Civil Veterinary Department Bihar & Orissa reports 1929-36 - 1929-1936
Year: 1929
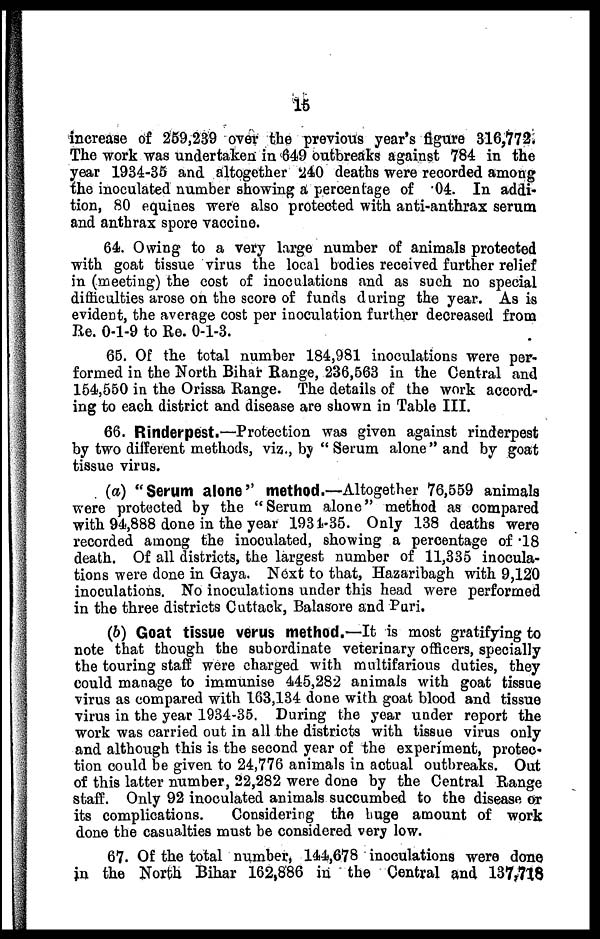
15
increase of 259,239 over the previous year's figure 316,772.
The work was undertaken in 649 outbreaks against 784 in the
year 1934-35 and altogether 240 deaths were recorded among
the inoculated number showing a percentage of 04. In addi-
tion, 80 equities were also protected with anti-anthrax serum
and anthrax spore vaccine.
64. Owing to a very large number of animals protected
with goat tissue virus the local bodies received further relief
in (meeting) the cost of inoculations and as such no special
difficulties arose on the score of funds during the year. As is
evident, the average cost per inoculation further decreased from
Re. 0-1-9 to Re. 0-1-3.
65. Of the total number 184,981 inoculations were per-
formed in the North Bihar Range, 236,563 in the Central and
154,550 in the Orissa Range. The details of the work accord-
ing to each district and disease are shown in Table III.
66. Rinderpest.—Protection was given against rinderpest
by two different methods, viz., by "Serum alone" and by goat
tissue virus.
(a) "Serum alone" method.—Altogether 76,559 animals
were protected by the "Serum alone" method as compared
with 94,888 done in the year 1931-35. Only 138 deaths were
recorded among the inoculated, showing a percentage of .18
death. Of all districts, the largest number of 11,335 inocula-
tions were done in Gaya. Next to that, Hazaribagh with 9,120
inoculations. No inoculations under this head were performed
in the three districts Cuttack, Balasore and Puri.
(b) Goat tissue verus method.—It is most gratifying to
note that though the subordinate veterinary officers, specially
the touring staff were charged with multifarious duties, they
could manage to immunise 445,282 animals with goat tissue
virus as compared with 163,134 done with goat blood and tissue
virus in the year 1934-35. During the year under report the
work was carried out in all the districts with tissue virus only
and although this is the second year of the experiment, protec-
tion could be given to 24,776 animals in actual outbreaks. Out
of this latter number, 22,282 were done by the Central Range
staff. Only 92 inoculated animals succumbed to the disease or
its complications.
Considering the huge amount of work
done the casualties must be considered very low.
67. Of the total number, 144,678 inoculations were done
in the North Bihar 162,886 in the Central and 137,718